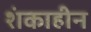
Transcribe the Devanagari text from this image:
शंकाहीन